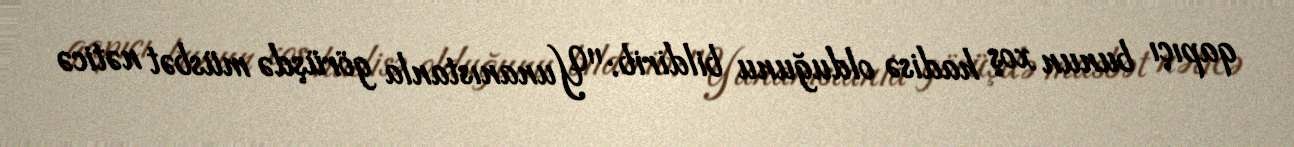
qapıçı bunun xoş hadisə olduğunu bildirib: "Yunanıstanla görüşdə müsbət nəticə